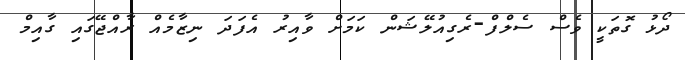
ދޯޅު ގޮތަކީ ވެސް ސެލްފް-ރެގިއުލޭޝަން ކަމަށް ވާއިރު އެފަދަ ނިޒާމެއް ރާއްޖޭގައި ގާއިމް